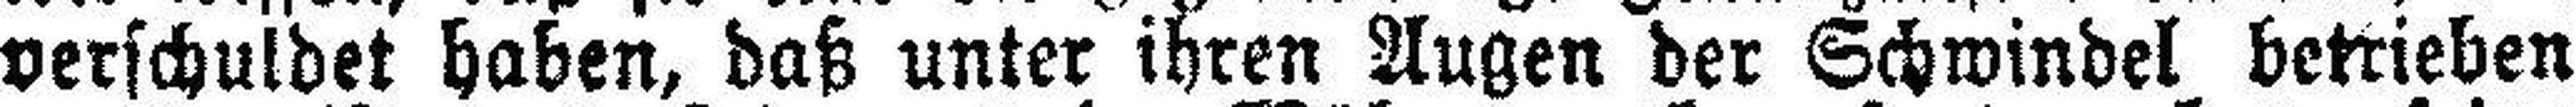
verschuldet haben, daß unter ihren Augen der Schwindel betrieben